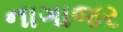
નાગાજર